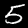
Digit: 5